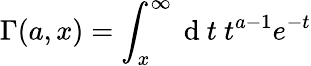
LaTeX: \Gamma(a,x)=\int_{x}^{\infty}\mathrm{~d~}t\ t^{a-1}e^{-t}